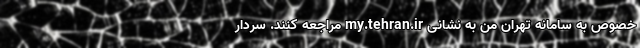
خصوص به سامانه تهران من به نشانی my.tehran.ir مراجعه کنند. سردار